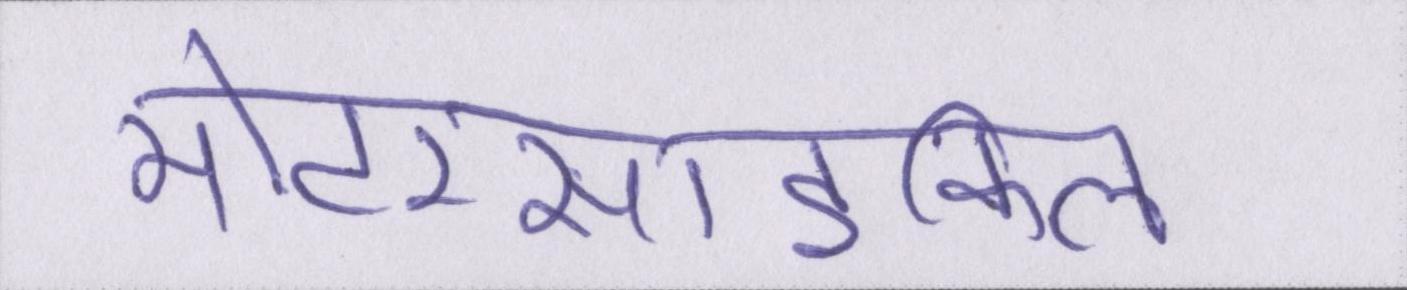
मोटरसाइकिल